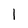
Character: 1